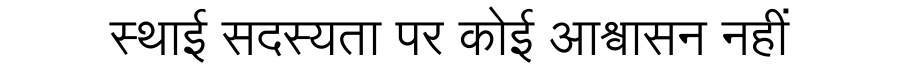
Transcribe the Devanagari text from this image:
स्थाई सदस्यता पर कोई आश्वासन नहीं